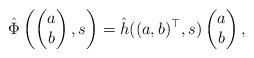
LaTeX: \begin{align*} \hat \Phi\left(\begin{pmatrix}a\\b\end{pmatrix},s\right) = \hat h((a,b)^\top,s) \begin{pmatrix}a\\b\end{pmatrix},\end{align*}